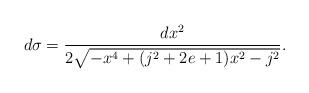
LaTeX: \begin{align*}d\sigma=\frac{dx^2}{2\sqrt{-x^4+(j^2+2e+1)x^2-j^2}}.\end{align*}